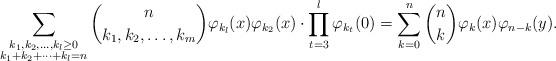
LaTeX: \begin{align*} \sum_{\substack{k_{1}, k_2,\ldots, k_{l}\geq 0\\ k_{1}+k_2+\cdots+k_{l}=n}} \binom{n}{k_{1}, k_2,\ldots, k_{m}}\varphi_{k_{l}}(x)\varphi_{k_{2}}(x) \cdot \prod_{t=3}^{l}\varphi_{k_{t}}(0) = \sum_{k=0}^{n}\binom{n}{k} \varphi_{k}(x)\varphi_{n-k}(y). \end{align*}